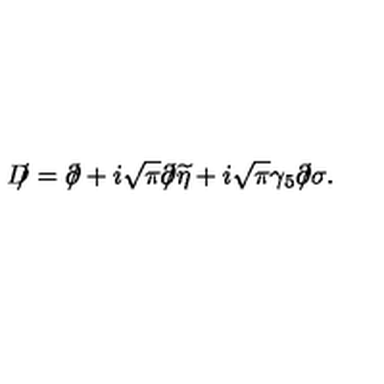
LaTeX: D \! \! \! / = \partial \! \! \! / + i \sqrt { \pi } \partial \! \! \! / \widetilde \eta + i \sqrt \pi \gamma _ { 5 } \partial \! \! \! / \sigma .